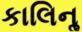
કાલિનૢ